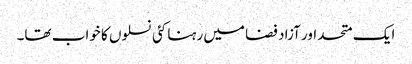
ایک متحد اور آزاد فضا میں رہنا کئی نسلوں کا خواب تھا۔